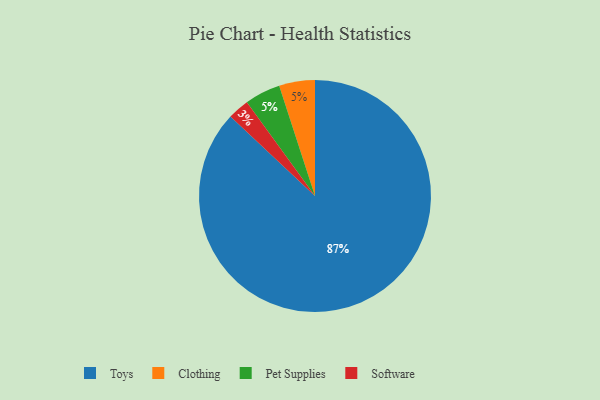
{"axis": {"x": "Category", "y": "Percentage"}, "legend": ["Clothing", "Pet Supplies", "Software", "Toys"], "data": [{"x": "Software", "y": 3, "type": "Software"}, {"x": "Clothing", "y": 5, "type": "Clothing"}, {"x": "Toys", "y": 87, "type": "Toys"}, {"x": "Pet Supplies", "y": 5, "type": "Pet Supplies"}]}